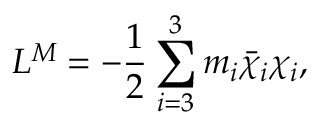
{ { \cal { L } } ^ { M } } = - \frac { 1 } { 2 } \sum _ { i = 3 } ^ { 3 } m _ { i } \bar { \chi } _ { i } \chi _ { i } ,